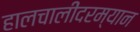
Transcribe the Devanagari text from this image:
हालचालींदरम्यान